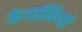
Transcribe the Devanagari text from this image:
ऊंगलियां